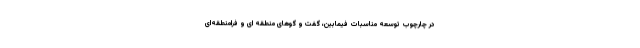
در چارچوب توسعه مناسبات فیمابین، گفت و گوهای منطقه ای و فرامنطقه‌ای